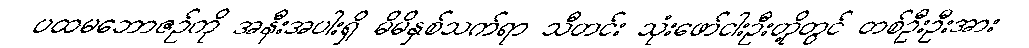
ပထမဘောဇဉ်ကို အနီးအပါးရှိ မိမိနှစ်သက်ရာ သီတင်း သုံးဖော်ငါးဦးတို့တွင် တစ်ဦးဦးအား